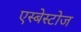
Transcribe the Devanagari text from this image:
एस्बेस्टोज